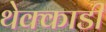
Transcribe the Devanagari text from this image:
थेक्काडी